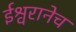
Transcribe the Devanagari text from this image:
ईश्वरानेच